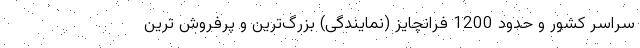
سراسر کشور و حدود 1200 فرانچایز (نمایندگی) بزرگ­ترین و پرفروش ترین